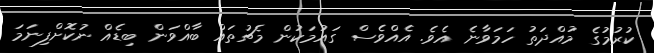
ކުރުމުގެ މުއްދަތު ހަމަވާނެ އެވެ. އެއްވެސް ގައުމަކުން މެޗުތައް ބާއްވަން ބިޑެއް ނުކޮށްފިނަމަ